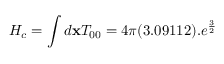
H _ { c } = \int d { \bf x } T _ { 0 0 } = 4 \pi ( 3 . 0 9 1 1 2 ) . e ^ { \frac { 3 } { 2 } }